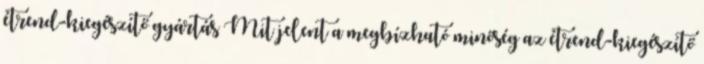
étrend-kiegészítő gyártás Mit jelent a megbízható minőség az étrend-kiegészítő